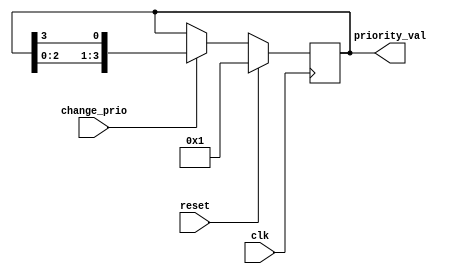
// Priority decider to change the priority for a particular arbiter/output
// controller
// Last Udpated: 10/20/2023

module priority_decider (priority_val, change_prio, reset, clk);
	
	parameter PRIOWIDTH = 4;

	// change_prio send by the arbiter whenever there is more than 1 
	// buffer wanting to send the data to this arbiter's output buffer
	input change_prio;	
	input reset;
	input clk;
	
	output reg [(PRIOWIDTH - 1) : 0] priority_val;

	always @ (posedge clk)
		if (reset)				priority_val <= 4'b0001;	// load with default value as 0001
		else if (change_prio)	priority_val <= {priority_val[2:0], priority_val[3]};	// rotate left
	
endmodule